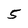
Character: 5